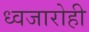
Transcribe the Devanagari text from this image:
ध्वजारोही